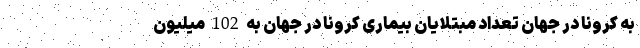
به کرونا در جهان تعداد مبتلایان بیماری کرونا در جهان به 102 میلیون